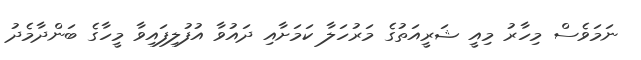
ނަމަވެސް މިހާރު މިއީ ޝަރީއަތުގެ މަރުހަލާ ކަމަށާއި ދައުވާ އުފުލިފައިވާ މީހާގެ ބަންދާމެދު